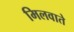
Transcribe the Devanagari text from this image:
मिलवाते